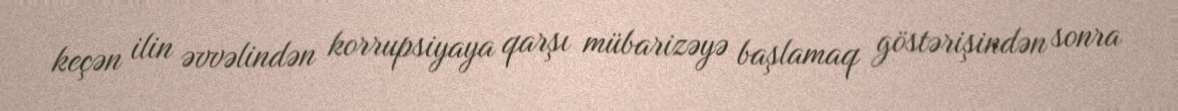
keçən ilin əvvəlindən korrupsiyaya qarşı mübarizəyə başlamaq göstərişindən sonra